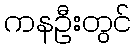
ကနဦးတွင်